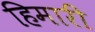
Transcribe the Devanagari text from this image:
हिमारी